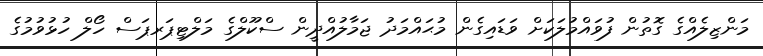
މަންޒިލެއްގެ ގޮތުން ފުވައްމުލަކަށް ވަޑައިގެން މުޙައްމަދު ޖަމާލުއްދީން ސްކޫލްގެ މަލްޓިޕަރޕަސް ހޯލް ހުޅުވުމުގެ